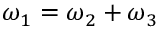
\omega _ { 1 } = \omega _ { 2 } + \omega _ { 3 }